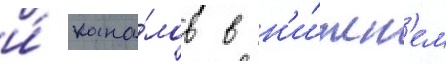
и́ кана́лов в н'и́жн'ем